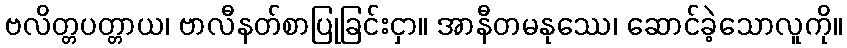
ဗလိတ္တပတ္တာယ၊ ဗာလီနတ်စာပြုခြင်းငှာ။ အာနီတမနုဿေ၊ ဆောင်ခဲ့သောလူကို။